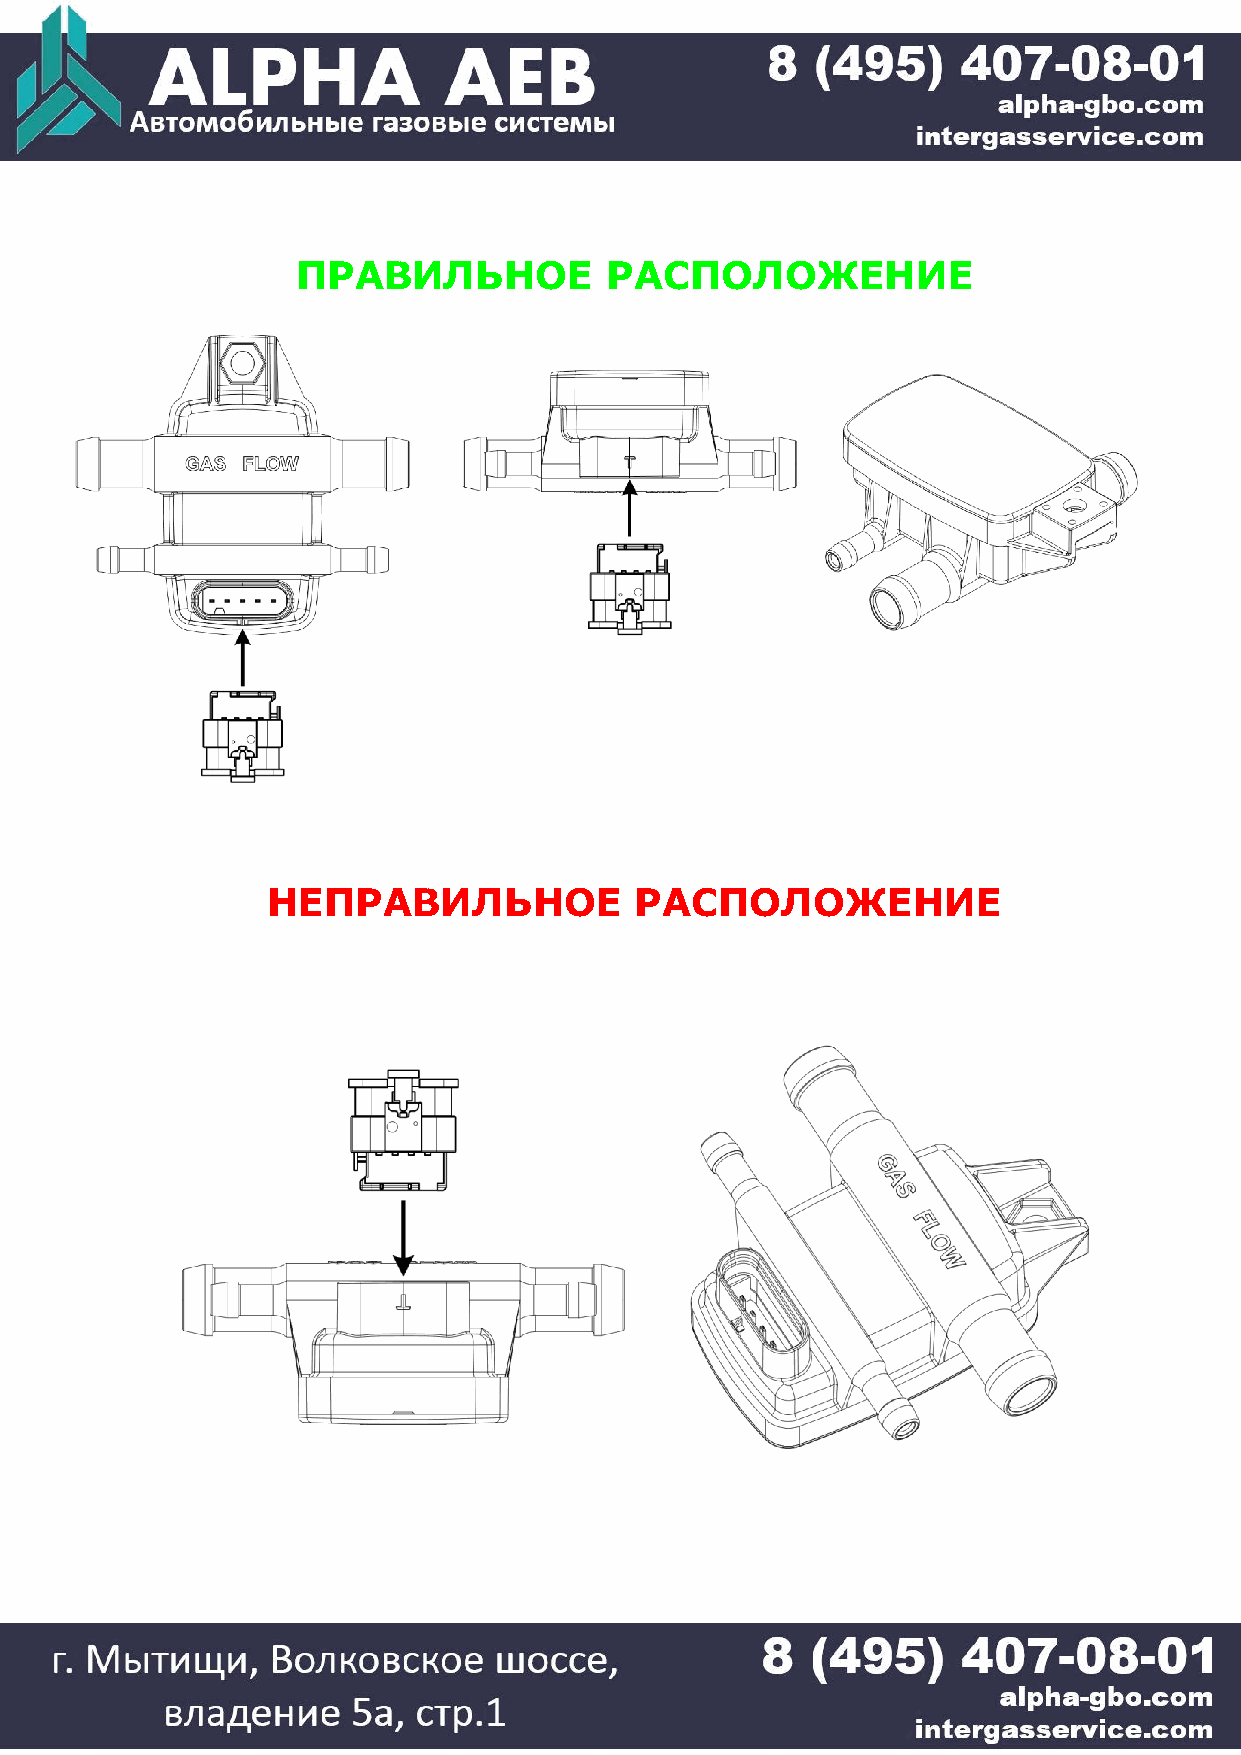
ПРАВИЛЬНОЕ          РАСПОЛОЖЕНИЕ
 НЕПРАВИЛЬНОЕ            РАСПОЛОЖЕНИЕ